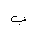
Letter: _ba